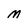
Character: M